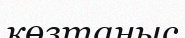
көзтаныс